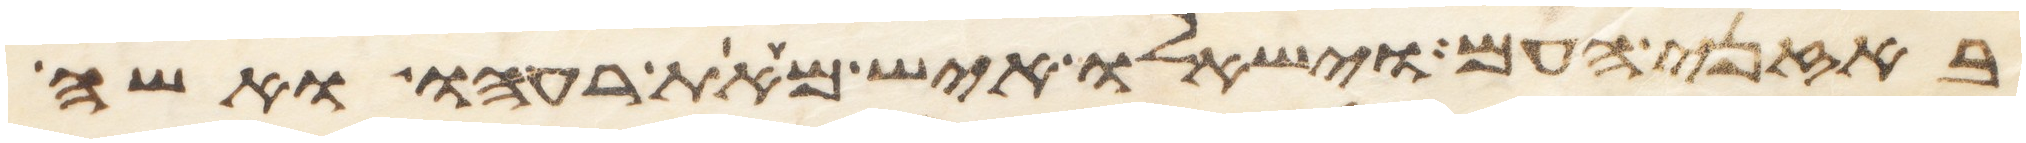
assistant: באזני העם וישאלו איש מאת רעהו ואשה